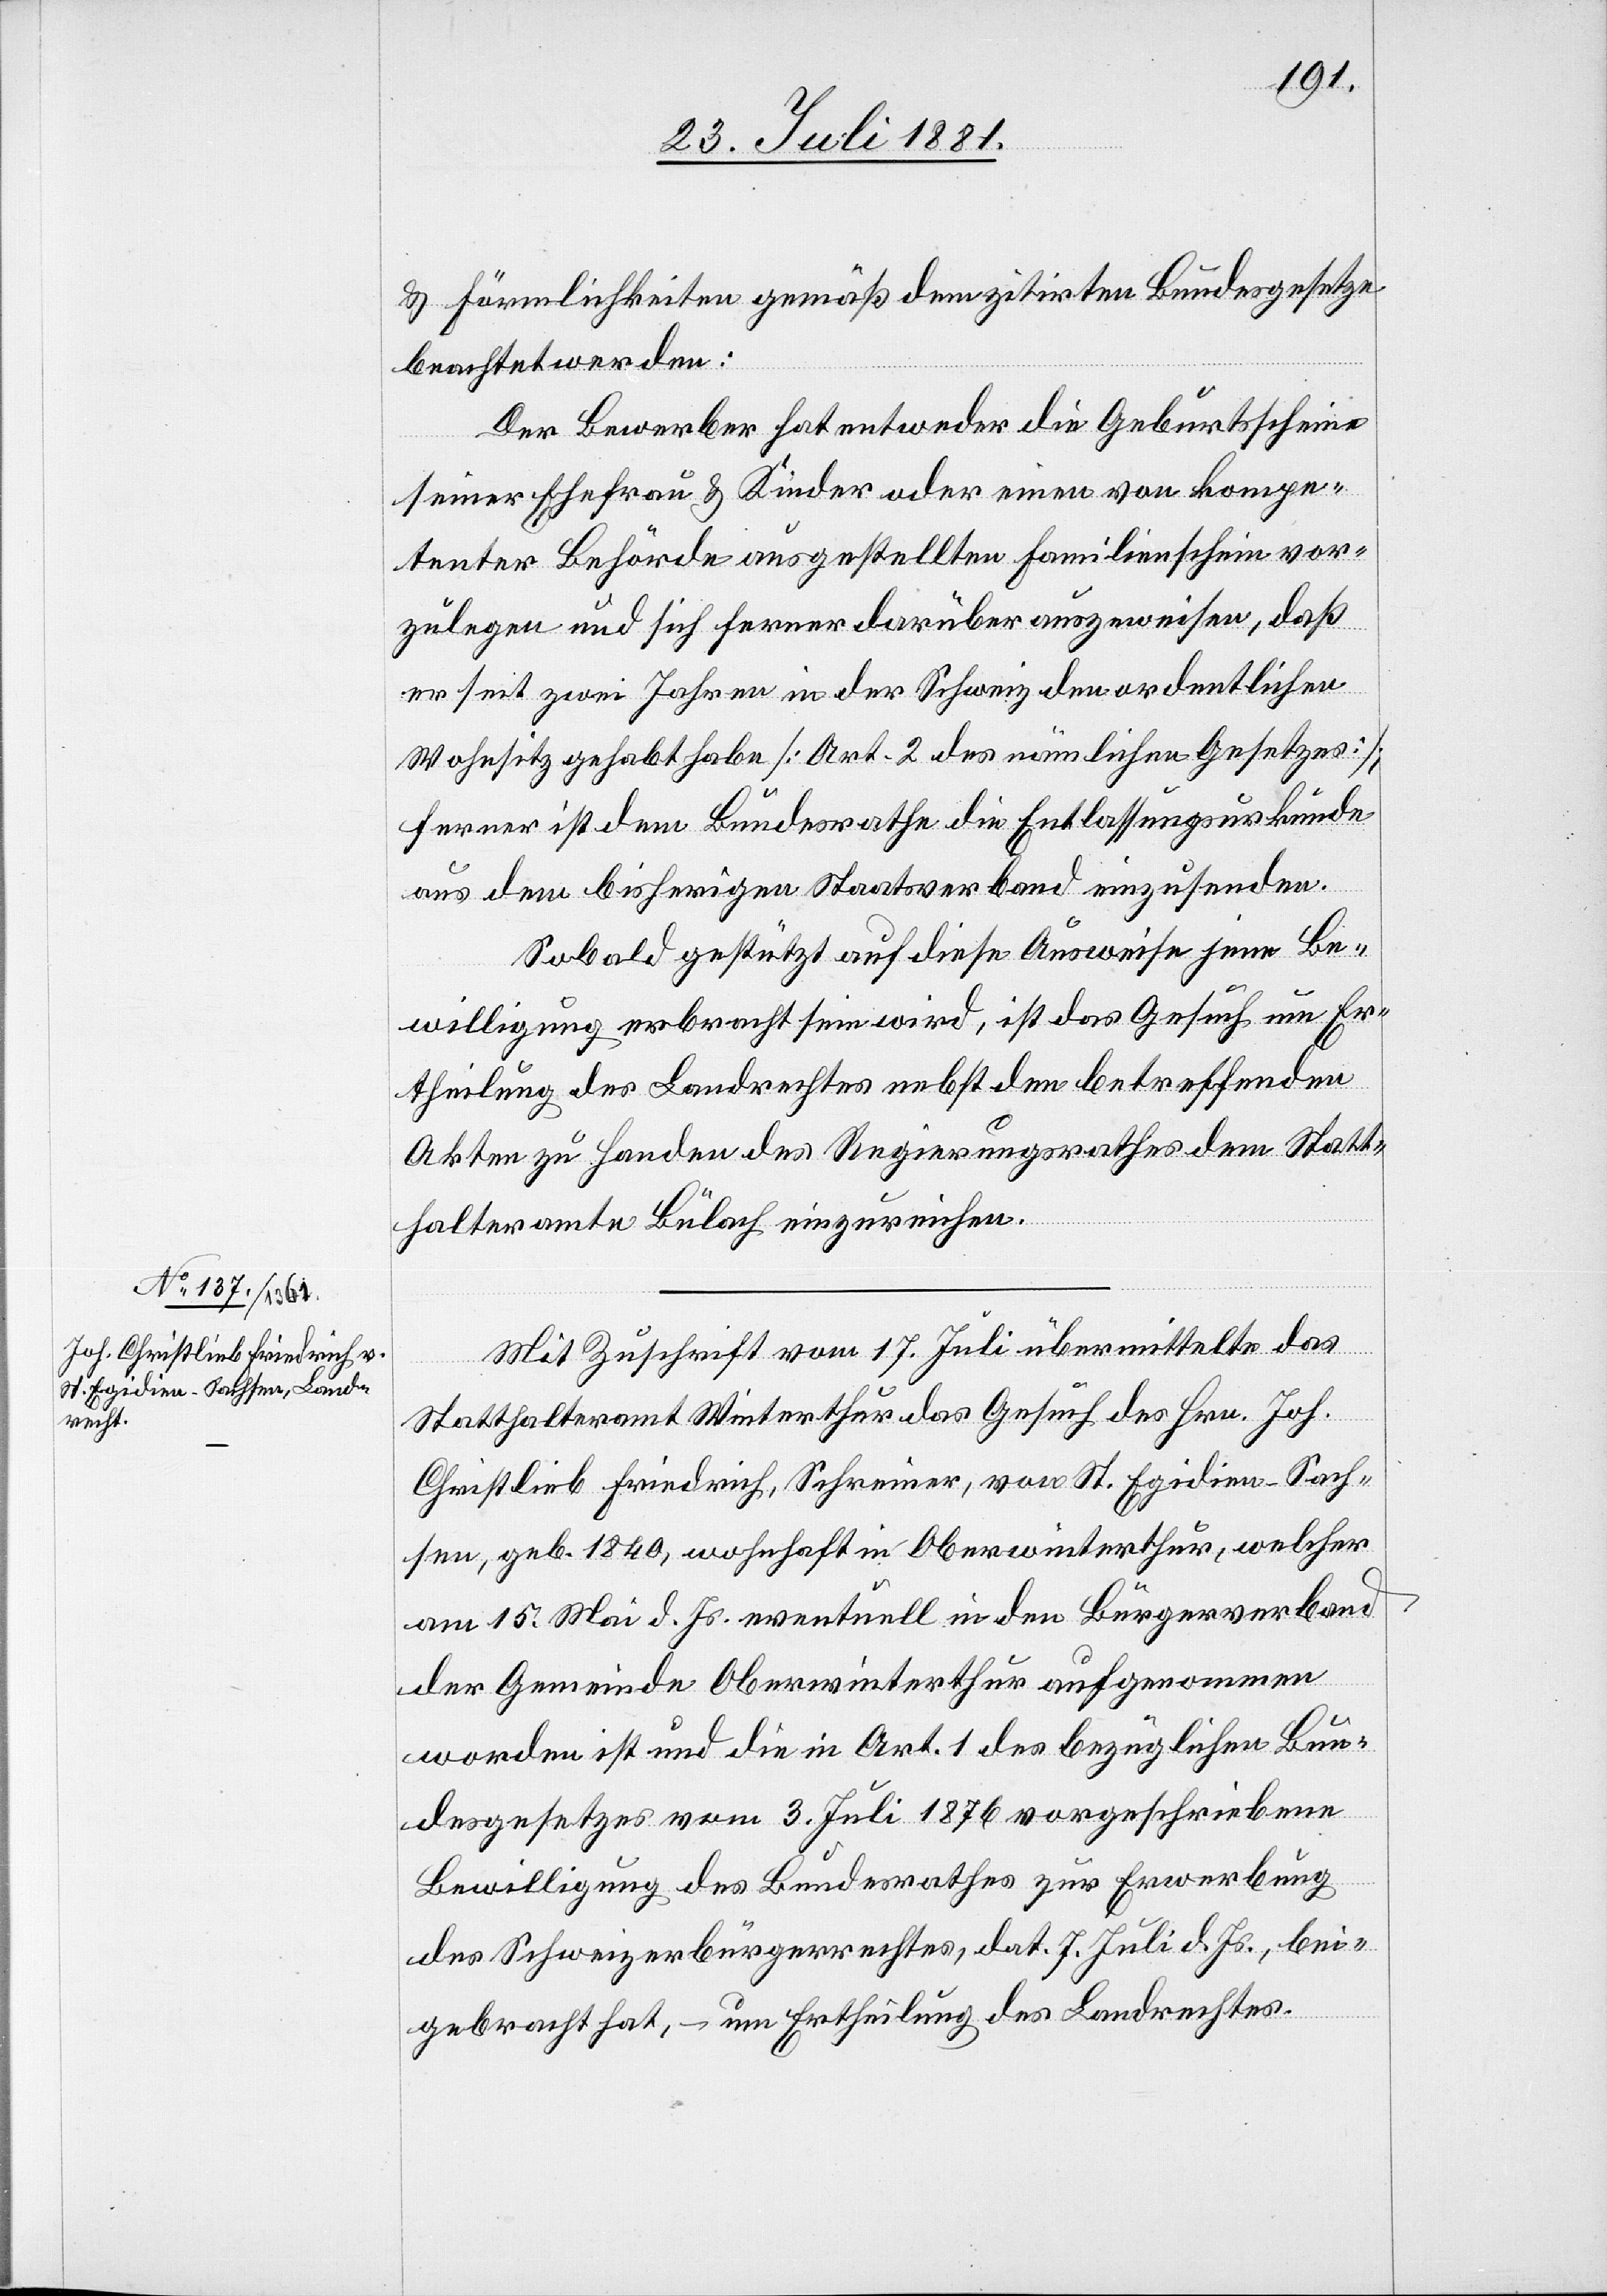
& Förmlichkeiten gemäß dem zitirten Bundesgesetz
beachtet werden:
Der Bewerber hat entweder die Geburtsscheine
seiner Ehefrau & Kinder oder einen von kompe¬
tenter Behörde ausgestellten Familienschein vor¬
zulegen und sich ferner darüber auszuweisen, daß
er seit zwei Jahren in der Schweiz den ordentlichen
Wohnsitz gehabt habe [Art. 2 des nämlichen Gesetzes];
ferner ist dem Bundesrathe die Entlassungsurkunde
aus dem bisherigen Staatsverband einzusenden.
Sobald gestützt auf diese Ausweise jene Be¬
willigung erbracht sein wird, ist das Gesuch um Er¬
theilung des Landrechtes nebst den betreffenden
Akten zu Handen des Regierungsrathes dem Statt¬
halteramte Bülach einzureichen.
Mit Zuschrift vom 17. Juli übermittelte das
Statthalteramt Winterthur das Gesuch des Hrn. Joh.
Christlieb Friedrich, Schreiner, von St. Egidien - Sach¬
sen, geb. 1840, wohnhaft in Oberwinterthur, welcher
am 15. Mai d. Js. eventuell in den Bürgerverband
der Gemeinde Oberwinterthur aufgenommen
worden ist und die in Art. 1 des bezüglichen Bun¬
desgesetzes vom 3. Juli 1876 vorgeschriebene
Bewilligung des Bundesrathes zur Erwerbung
des Schweizerbürgerrechtes, dat. 7. Juli d. Js., bei¬
gebracht hat, – um Ertheilung des Landrechtes.